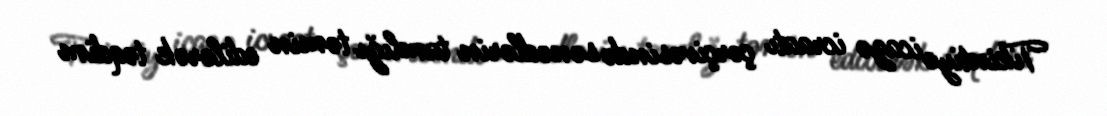
Tikintiyə icazə icraatı çərçivəsində sənədlərin tamlığı təmin edilərək təqdim